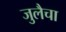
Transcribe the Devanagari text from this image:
जुलैचा